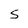
Character: S